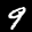
Label: 9